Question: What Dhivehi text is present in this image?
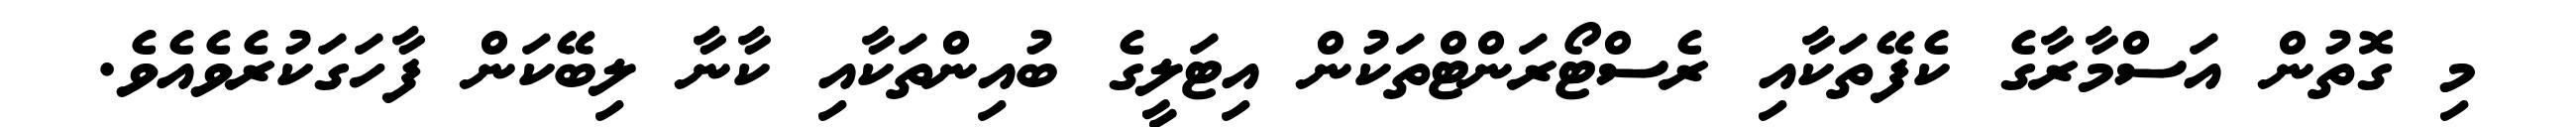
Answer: މި ގޮތުން އަސްމާރާގެ ކެފޭތަކާއި ރެސްޓޯރަންޓްތަކުން އިޓަލީގެ ބުއިންތަކާއި ކާނާ ލިބޭކަން ފާހަގަކުރެވެއެވެ.